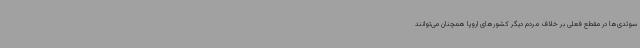
سوئدی‌ها در مقطع فعلی بر خلاف مردم دیگر کشورهای اروپا همچنان می‌توانند